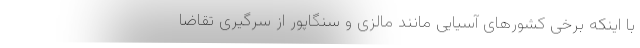
با اینکه برخی کشورهای آسیایی مانند مالزی و سنگاپور از سرگیری تقاضا